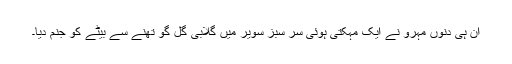
ان ہی دنوں مہرو نے ایک مہکتی ہوئی سر سبز سویر میں گلابی گل گو تھنے سے بیٹے کو جنم دیا۔